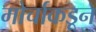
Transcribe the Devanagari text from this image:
मोर्चाकडून